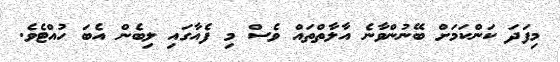
މިފަދަ ކަންކަމަށް ބޭނުންވާނެ އާލާތްތައް ވެސް މި ފެއާގައި ލިބެން އެބަ ހުއްޓެވެ.